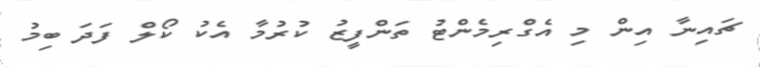
ޗައިނާ އިން މި އެގްރިމެންޓު ތަންފީޒު ކުރުމާ އެކު ކޯލް ފަދަ ބިމު